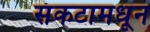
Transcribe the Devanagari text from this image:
संकटामधून